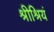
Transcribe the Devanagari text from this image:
श्रीश्रियं